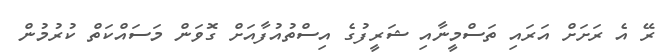
ރޭ އެ ރަށަށް އަރައި ތަސްމީނާއި ޝަރީފުގެ އިސްތުއުފާއަށް ގޮވަން މަސައްކަތް ކުރުމުން